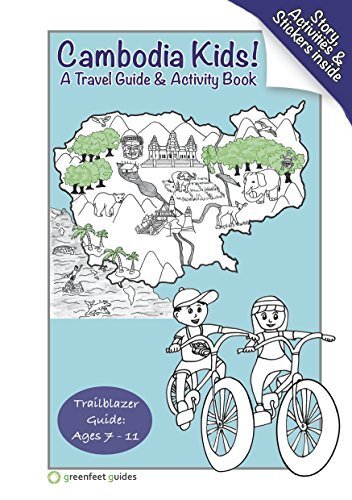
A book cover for Cambodia Kids! Trailblazer Guide & Activity Book; Greenfeet Guides; Travel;